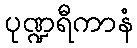
ပုဏ္ဍရီကာနံ